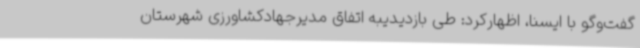
گفت‌وگو با ایسنا، اظهارکرد: طی بازدیدیبه اتفاق مدیرجهادکشاورزی شهرستان